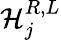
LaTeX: {\cal H}_{j}^{R,L}